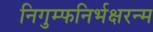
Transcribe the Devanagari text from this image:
निगुम्फनिर्भक्षरन्म